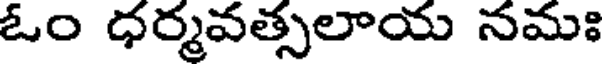
ఓం ధర్మవత్సలాయ నమః